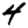
Digit: 4